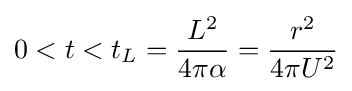
0<t<t_{L}={\frac {L^{2}}{4\pi \alpha }}={\frac {r^{2}}{4\pi U^{2}}}